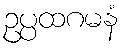
ဥပ္ပထဂမနံ